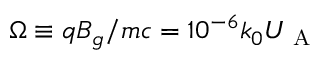
\Omega \equiv q B _ { g } / m c = 1 0 ^ { - 6 } k _ { 0 } U _ { \mathrm { ~ A ~ } }